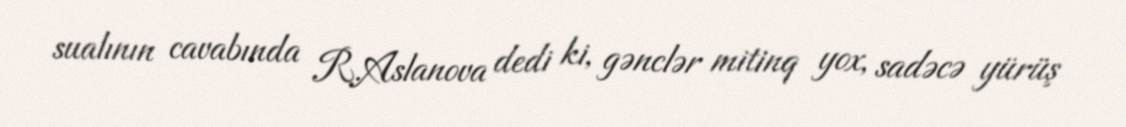
sualının cavabında R.Aslanova dedi ki, gənclər mitinq yox, sadəcə yürüş